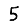
Digit: 5